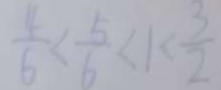
\frac { 4 } { 6 } < \frac { 5 } { 6 } < 1 < \frac { 3 } { 2 }